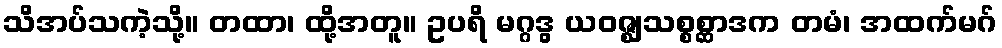
သိအပ်သကဲ့သို့။ တထာ၊ ထို့အတူ။ ဥပရိ မဂ္ဂဒွ ယဝဇ္ဈသစ္စစ္ဆာဒက တမံ၊ အထက်မဂ်